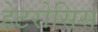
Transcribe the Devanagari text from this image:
हेटरोसिस